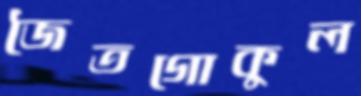
জৈতগোকুল